Indian journal of veterinary science and animal husbandry - Volumes 26-27, 1956-1957
Year: 1956
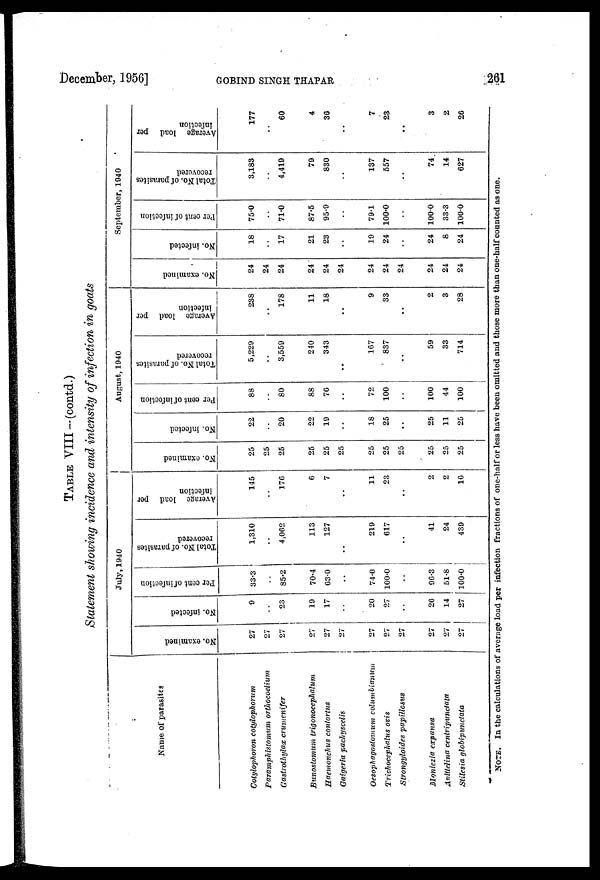
December, 1956]
GOBIND
SINGH
THAPAR
261
TABLE VIII-(contd.)
Statement showing incidence and intensity of infection in goats
Name of parasites
Cotylophoron cotylophorum
Paramphistomum orthocoelium
Gastrothylax crumenifer
Bunostomum trigonocephalum
Haemonchus contortus
Gaigeria pachyscelis
Oesophagostomum columbianum
Trichocephalus ovis
Strongyloides papillosus
Moniezia expansa
Avittelina centripunctata
Stilesia globipunctata
July, 1940
No. examined
27
27
27
27
27
27
27
27
27
27
27
27
No. infected
9
..
23
19
17
..
20
27
..
20
14
27
Per cent of infection
33.3
..
85.2
70.4
63.0
..
74.0
100.0
..
96.3
51.8
100.0
Total No. of parasites
recovered
1,310
..
4,062
113
127
..
219
617
..
41
24
439
Average load per
infection
145
..
176
6
7
..
11
23
..
2
2
16
August, 1940
No. examined
25
25
25
25
25
25
25
25
25
25
25
25
No. infected
22
..
20
22
19
..
18
25
..
25
11
25
Per cent of infection
88
..
80
88
76
..
72
100
..
100
44
100
Total No. of parasites
recovered
5,229
..
3,559
240
343
..
167
837
..
59
33
714
Average load per
infection
238
..
178
11
18
..
9
33
..
2
3
28
September, 1940
No. examined
24
24
24
24
24
24
24
24
24
24
24
24
No. infected
18
..
17
21
23
..
19
24
..
24
8
24
Per cent of infection
75.0
..
71.0
87.5
95.9
..
79.1
100.0
..
100.0
33.3
100.0
Total No. of parasites
recovered
3,183
..
4,419
79
830
..
137
557
..
74
14
627
Average load per
infection
177
..
60
4
36
..
7
23
..
3
2
26
NOTE. In the calculations of average load per infection fractions of one-half or less have been omitted and those more than one-half counted as one.